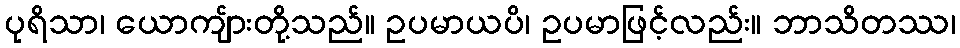
ပုရိသာ၊ ယောကျ်ားတို့သည်။ ဥပမာယပိ၊ ဥပမာဖြင့်လည်း။ ဘာသိတဿ၊